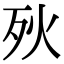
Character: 𣧛